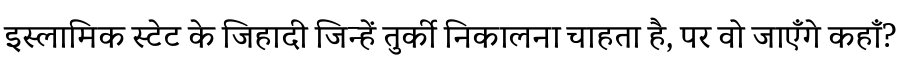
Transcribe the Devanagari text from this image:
इस्लामिक स्टेट के जिहादी जिन्हें तुर्की निकालना चाहता है, पर वो जाएँगे कहाँ?